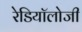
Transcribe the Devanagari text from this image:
रेडियॉलोजी